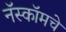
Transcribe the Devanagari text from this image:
नॅस्कॉमचे